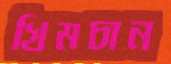
খিমচান